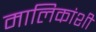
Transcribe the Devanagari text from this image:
मालिकांशी